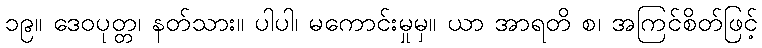
၁၉။ ဒေဝပုတ္တ၊ နတ်သား။ ပါပါ၊ မကောင်းမှုမှ။ ယာ အာရတိ စ၊ အကြင်စိတ်ဖြင့်